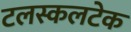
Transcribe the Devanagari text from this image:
टलस्कलटेक